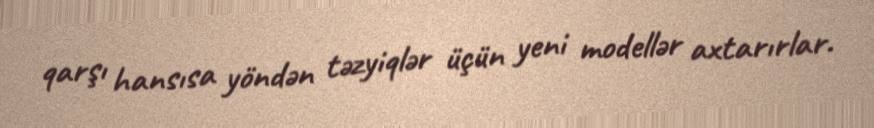
qarşı hansısa yöndən təzyiqlər üçün yeni modellər axtarırlar.